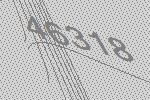
46318